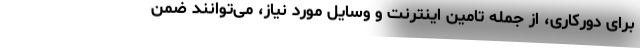
برای دورکاری، از جمله تامین اینترنت و وسایل مورد نیاز، می‌توانند ضمن